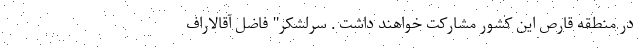
در منطقه قارص این کشور مشارکت خواهند داشت . سرلشکر" فاضل آقالاراف